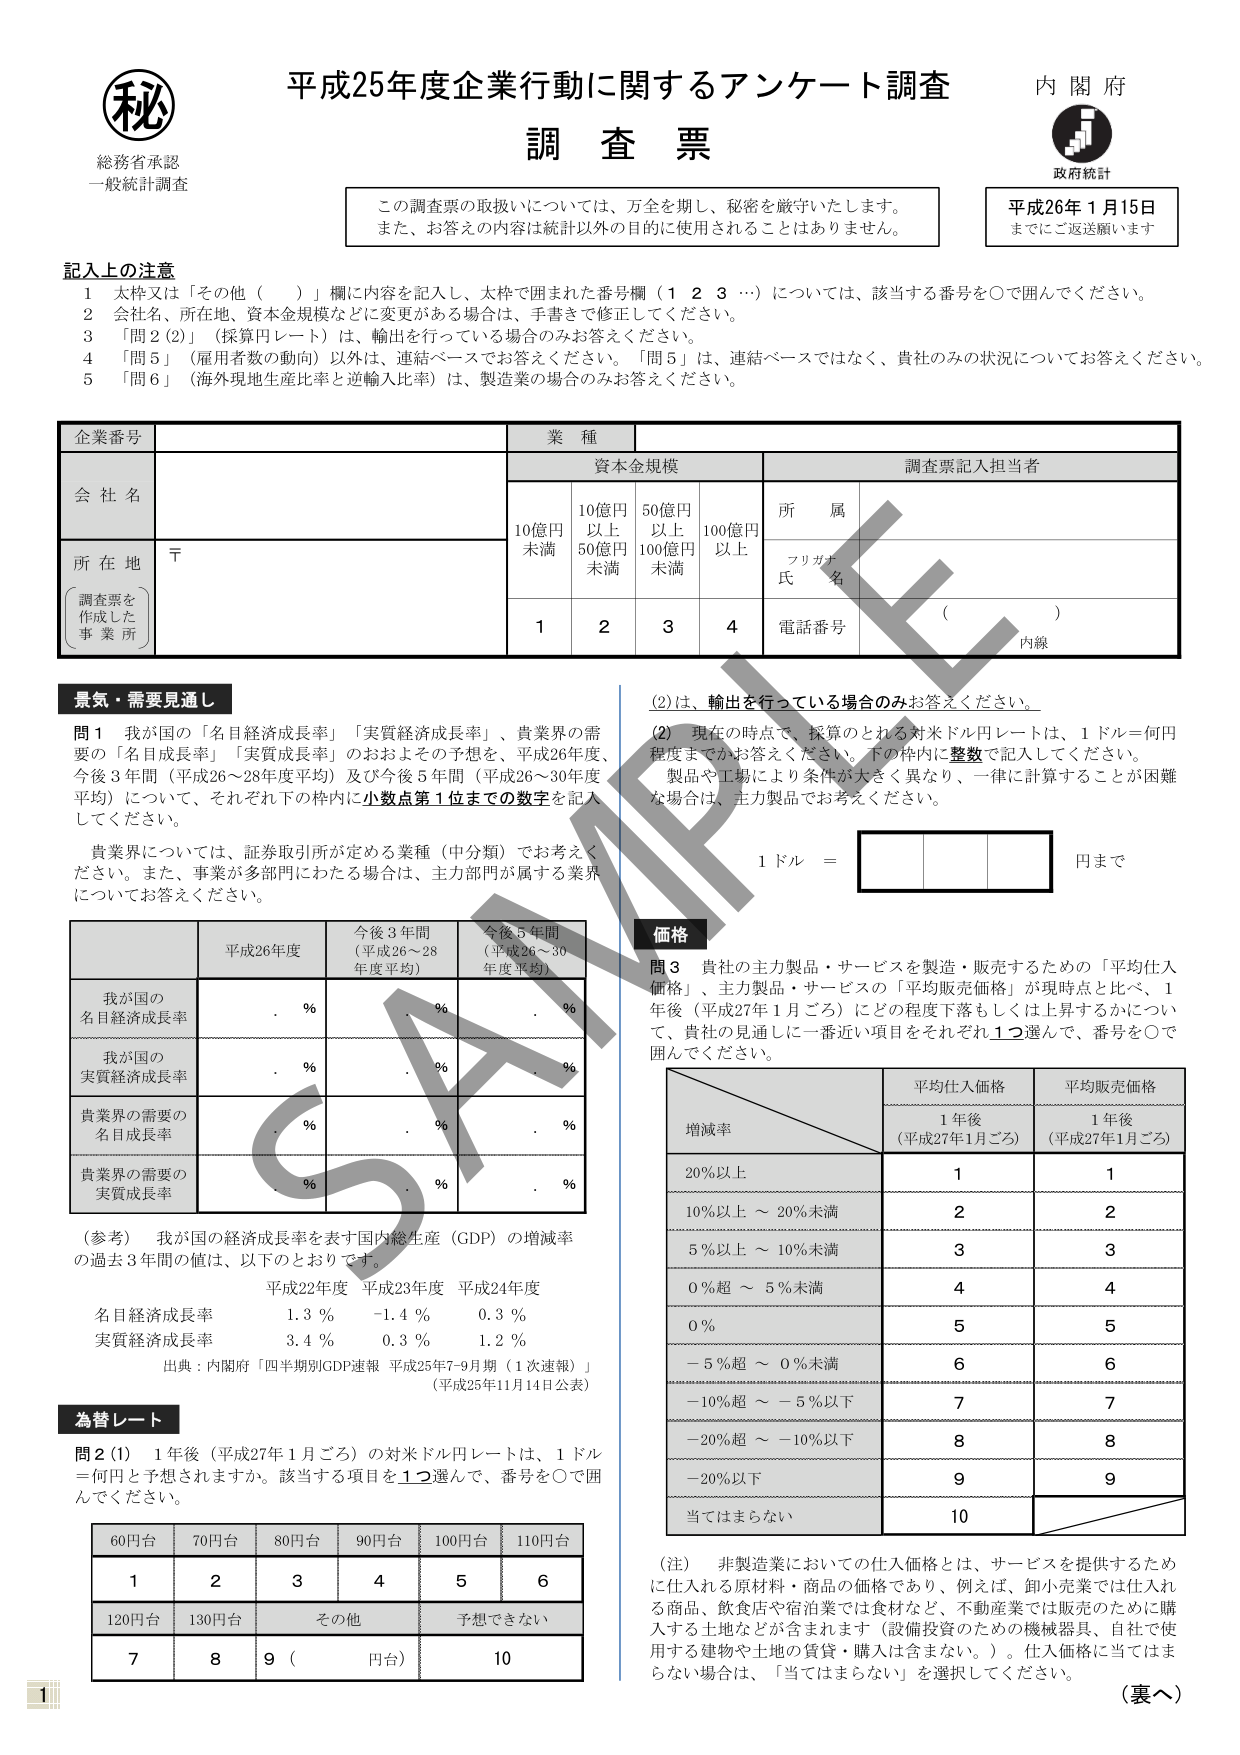
秘
総務省承認
一般統計調査

平成25年度企業行動に関するアンケート調査
調査票

内閣府
政府統計

この調査票の取扱いについては、万全を期し、秘密を厳守いたします。
また、お答えの内容は統計以外の目的に使用されることはありません。

平成26年1月15日
までにご返送願います

記入上の注意
1 太枠又は「その他（　）」欄に内容を記入し、太枠で囲まれた番号欄（1 2 3 …）については、該当する番号を○で囲んでください。
2 会社名、所在地、資本金規模などに変更がある場合は、手書きで修正してください。
3 「問2（2）」（採算円レート）は、輸出を行っている場合のみお答えください。
4 「問5」（雇用者数の動向）以外は、連結ベースでお答えください。「問5」は、連結ベースではなく、貴社のみの状況についてお答えください。
5 「問6」（海外現地生産比率と逆輸入比率）は、製造業の場合のみお答えください。

企業番号
会社名
所在地
（調査票を作成した事業所）
〒

業種
資本金規模
10億円未満
10億円以上50億円未満
50億円以上100億円未満
100億円以上
1 2 3 4

調査票記入担当者
所属
フリガナ
氏名
（　　）
電話番号
内線

景気・需要見通し
問1 我が国の「名目経済成長率」「実質経済成長率」、貴業界の需要の「名目成長率」「実質成長率」のおおよその予想を、平成26年度、今後3年間（平成26～28年度平均）及び今後5年間（平成26～30年度平均）について、それぞれ下の枠内に小数点第1位までの数字を記入してください。

貴業界については、証券取引所が定める業種（中分類）でお考えください。また、事業が多部門にわたる場合は、主力部門が属する業界についてお答えください。

平成26年度
今後3年間（平成26～28年度平均）
今後5年間（平成26～30年度平均）

我が国の名目経済成長率
. %
. %
. %

我が国の実質経済成長率
. %
. %
. %

貴業界の需要の名目成長率
. %
. %
. %

貴業界の需要の実質成長率
. %
. %
. %

（参考）我が国の経済成長率を表す国内総生産（GDP）の増減率の過去3年間の値は、以下のとおりです。
平成22年度 平成23年度 平成24年度
名目経済成長率 1.3 % -1.4 % 0.3 %
実質経済成長率 3.4 % 0.3 % 1.2 %
出典：内閣府「四半期別GDP速報 平成25年7-9月期（1次速報）」（平成25年11月14日公表）

為替レート
問2（1）1年後（平成27年1月ごろ）の対米ドル円レートは、1ドル＝何円と予想されますか。該当する項目を1つ選んで、番号を○で囲んでください。

60円台 70円台 80円台 90円台 100円台 110円台
1 2 3 4 5 6
120円台 130円台 その他（　円台） 予想できない
7 8 9 10

（2）は、輸出を行っている場合のみお答えください。
（2）現在の時点で、採算のとれる対米ドル円レートは、1ドル＝何円程度までかお答えください。下の枠内に整数で記入してください。
製品や工場により条件が大きく異なり、一律に計算することが困難な場合は、主力製品でお考えください。
1ドル＝　　　　　　　　　　　円まで

価格
問3 貴社の主力製品・サービスを製造・販売するための「平均仕入価格」、主力製品・サービスの「平均販売価格」が現時点と比べ、1年後（平成27年1月ごろ）にどの程度下落もしくは上昇するかについて、貴社の見通しに一番近い項目をそれぞれ1つ選んで、番号を○で囲んでください。

平均仕入価格
平均販売価格
増減率
1年後（平成27年1月ごろ）
1年後（平成27年1月ごろ）

20%以上
1
1

10%以上～20%未満
2
2

5%以上～10%未満
3
3

0%超～5%未満
4
4

0%
5
5

-5%超～0%未満
6
6

-10%超～-5%以下
7
7

-20%超～-10%以下
8
8

-20%以下
9
9

当てはまらない
10

（注）非製造業においての仕入価格とは、サービスを提供するために仕入れる原材料・商品の価格であり、例えば、卸小売業では仕入れる商品、飲食店や宿泊業では食材など、不動産業では販売のために購入する土地などが含まれます（設備投資のための機械器具、自社で使用する建物や土地の賃貸・購入は含まない。）。仕入価格に当てはまらない場合は、「当てはまらない」を選択してください。

（裏へ）

1